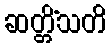
ဆတ္တိံသတိ